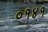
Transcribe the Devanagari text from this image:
०१४१